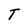
Character: T